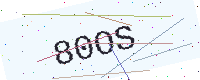
Text: 80OS